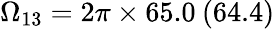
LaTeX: \Omega_{13}=2\pi\times 65.0\: (64.4)